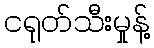
ငရုတ်သီးမှုန့်